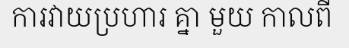
ការវាយប្រហារ គ្នា មួយ កាលពី